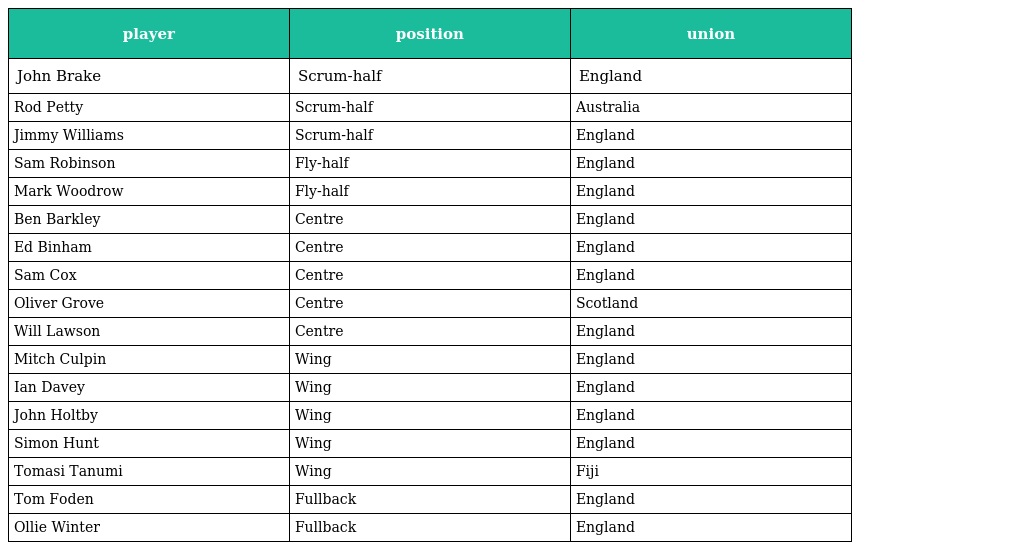
| player | position | union |
 | --- | --- | --- |
 | John Brake | Scrum-half | England |
 | Rod Petty | Scrum-half | Australia |
 | Jimmy Williams | Scrum-half | England |
 | Sam Robinson | Fly-half | England |
 | Mark Woodrow | Fly-half | England |
 | Ben Barkley | Centre | England |
 | Ed Binham | Centre | England |
 | Sam Cox | Centre | England |
 | Oliver Grove | Centre | Scotland |
 | Will Lawson | Centre | England |
 | Mitch Culpin | Wing | England |
 | Ian Davey | Wing | England |
 | John Holtby | Wing | England |
 | Simon Hunt | Wing | England |
 | Tomasi Tanumi | Wing | Fiji |
 | Tom Foden | Fullback | England |
 | Ollie Winter | Fullback | England |